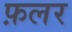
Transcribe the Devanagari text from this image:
फ़लर